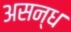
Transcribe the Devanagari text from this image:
असन्ध